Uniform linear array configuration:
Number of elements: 16
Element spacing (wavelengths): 1
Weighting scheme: cosine
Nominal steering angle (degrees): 60
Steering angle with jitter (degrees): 58.695
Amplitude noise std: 0.05
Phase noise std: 0.05

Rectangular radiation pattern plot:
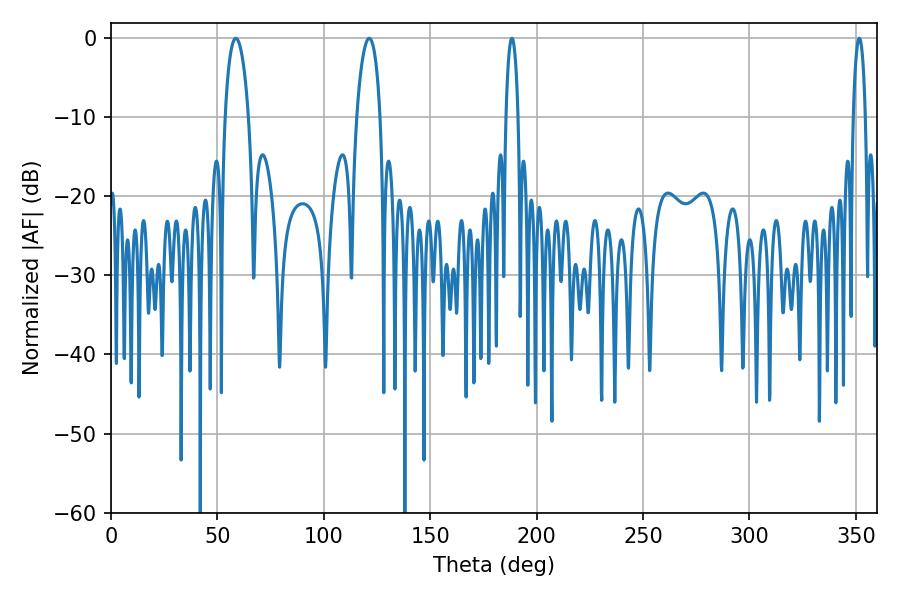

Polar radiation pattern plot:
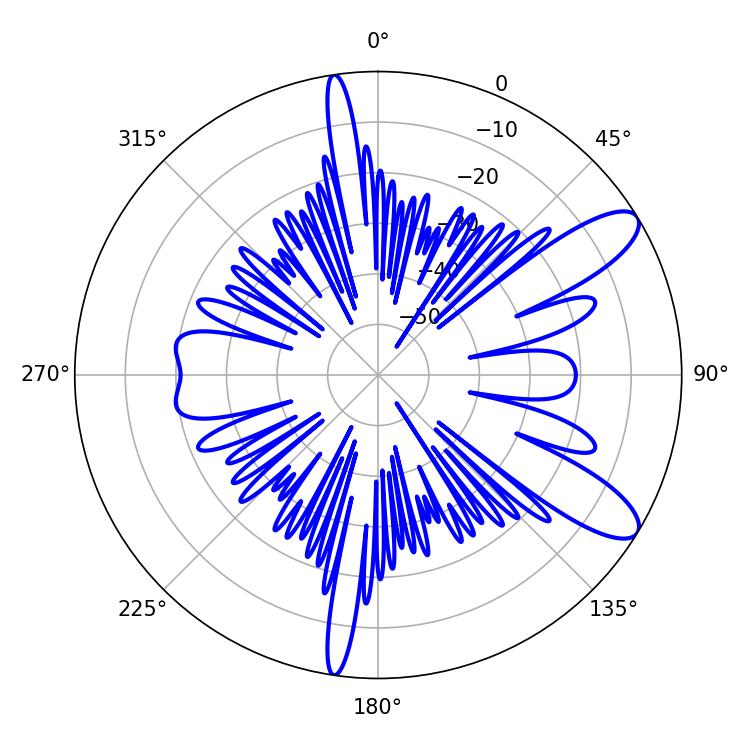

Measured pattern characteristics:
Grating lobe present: TRUE
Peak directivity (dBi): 10.372
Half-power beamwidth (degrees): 6.3
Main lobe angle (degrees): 58.68